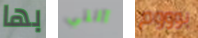
بها آلتي بوووم